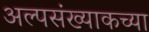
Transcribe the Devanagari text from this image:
अल्पसंख्याकच्या